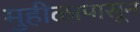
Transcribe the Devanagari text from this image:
मुहीळापासून